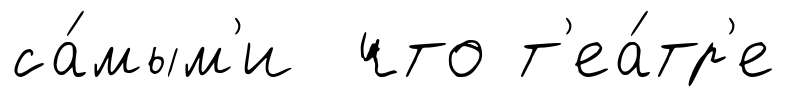
са́мым'и что т'еа́тр'е